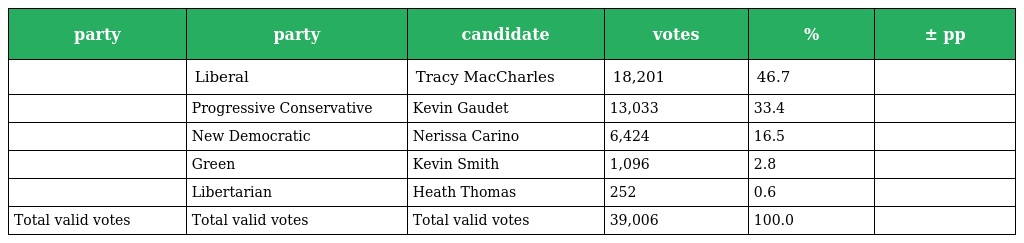
| party | party | candidate | votes | % | ± pp |
 | --- | --- | --- | --- | --- | --- |
 |  | Liberal | Tracy MacCharles | 18,201 | 46.7 |  |
 |  | Progressive Conservative | Kevin Gaudet | 13,033 | 33.4 |  |
 |  | New Democratic | Nerissa Carino | 6,424 | 16.5 |  |
 |  | Green | Kevin Smith | 1,096 | 2.8 |  |
 |  | Libertarian | Heath Thomas | 252 | 0.6 |  |
 | Total valid votes | Total valid votes | Total valid votes | 39,006 | 100.0 |  |